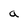
Character: a